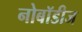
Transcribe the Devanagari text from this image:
नोबॉडीज